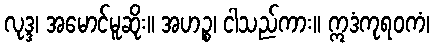
လုဒ္ဒ၊ အမောင်မူဆိုး။ အဟဉ္စ၊ ငါသည်ကား။ ဣဒံကုရဝကံ၊